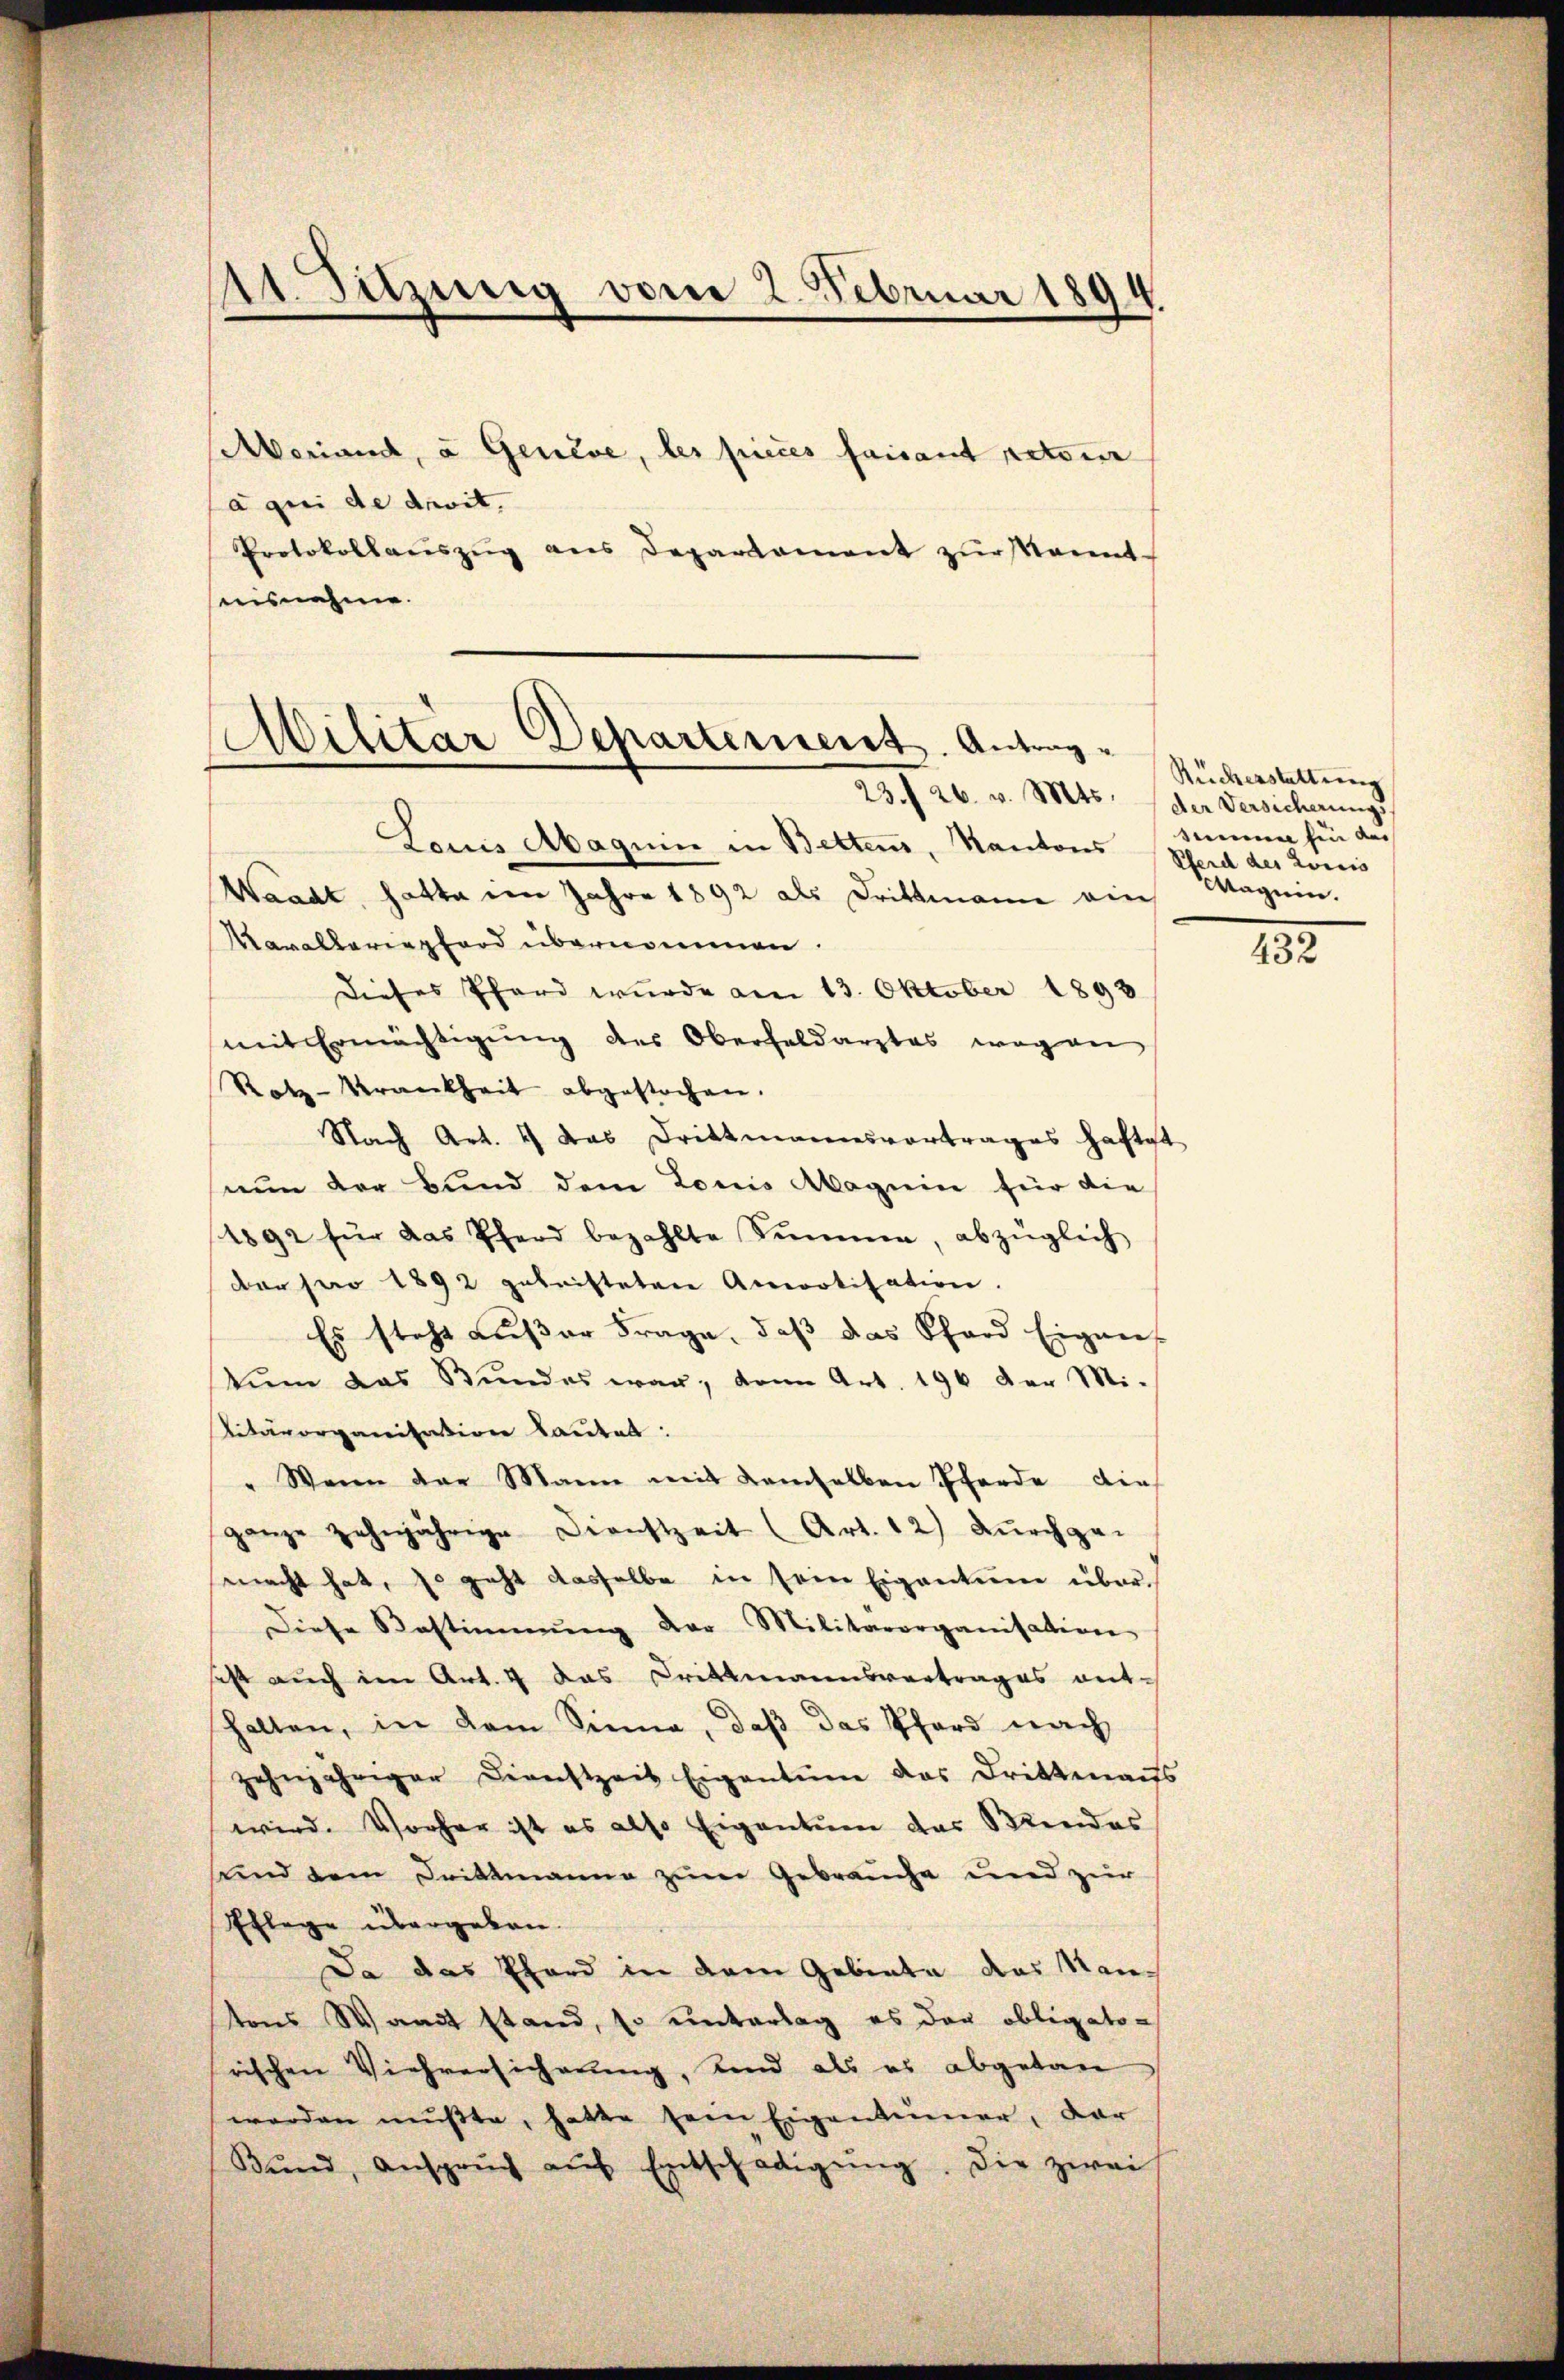
1 Sitzung vom 2. Februar 1894

Meriand, u. Genève, les pieces faisant retour
a qui de droit.
Protokollaŭszŭg ans Departament zŭr Kennt-
ausnahme.

ilitar Departement. Antrag¬
23. 26. v. Mts. der Versicherung

Louis Abaguin in Bettens, Kantons Pferd des Louis
Waadt, hatte im Jahre 1892 als Drittmann ein
Kavalleringford übernommen.
Dieses Phard wurde am 13. Oktober 1893
mit Ermächtigŭng des Oberfeldarztes wegen
Rotz-Krankheit abgestochen.
Nach Art. 4 das Drittmannsvortrages haftet
nun der Bund dem Louis Magnie für die
1892 für das Pferd bezahlte Simmen, abzüglich
der pro 1892 geleisteten Amortisation.
Es steht aŭβer Frage, daβ das Phard Eigen-
kŭm das Stŭndes war, dann Art. 196 der Mi-
litärorganisation lautet:
" Wenn der Mann mit demselben Pferde dies
ganze zehnjährige Dienstzeit (Art. 12) durchge-
macht hat, so geht dasselbe in sein Eigentum über¬
Diese Bestimmung der Militärorganisation
ist auch im Art. 4 das Drittmannsvertrages ent-
halten, in dem Sinne, daß das Pferd nach
zehnjähriger Dienstzeit Eigentum das Drittenans
wird. Vorher ist es also Eigentum das Sendes
und dem Drittmanne zum Gebrauche und zur
Schlage übergeben.
Da das Phard in dem Gebiete das antons Waadt stand, so untertag es der obligato-
rischen Viehversicherung, Kind als es abgetan
werden mŭβte, hatte sein Eigentümer, dar
Bŭnd, Ansprŭch aŭf Entschädigŭng. Die zwei

Ruckerstattung
mien hin des
Magein.

432